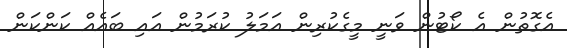
އެގޮތުން އެ ކޯޓުން ވަނީ މީގެކުރިން އަމަލު ކުރަމުން އައި ބައެއް ކަންކަން